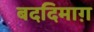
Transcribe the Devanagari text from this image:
बददिमाग़